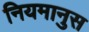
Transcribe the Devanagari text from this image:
नियमानुस